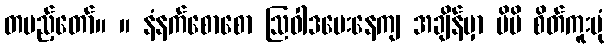
တပည့်တော်။ ။ နံနက်စောစော ဩဝါဒပေးနေကျ အချိန်မှာ မိမိ စိတ်ကူးပုံ